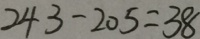
2 4 3 - 2 0 5 = 3 8